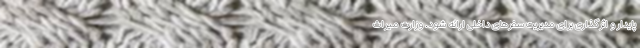
پایدار و اثرگذاری برای مدیریت سفرهای داخلی ارائه شود. وزارت میراث